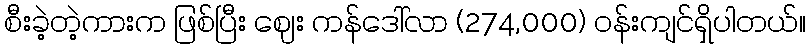
စီးခဲ့တဲ့ကားက ဖြစ်ပြီး ဈေး ကန်ဒေါ်လာ (274,000) ဝန်းကျင်ရှိပါတယ်။